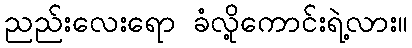
ညည်းလေးရော ခံလို့ကောင်းရဲ့လား။